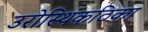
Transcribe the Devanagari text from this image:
उरोस्थिंकठिका